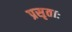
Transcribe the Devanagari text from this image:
प्रसृताः